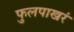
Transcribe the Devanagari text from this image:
फुलपाखरं